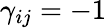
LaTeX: \gamma_{ij}=-1